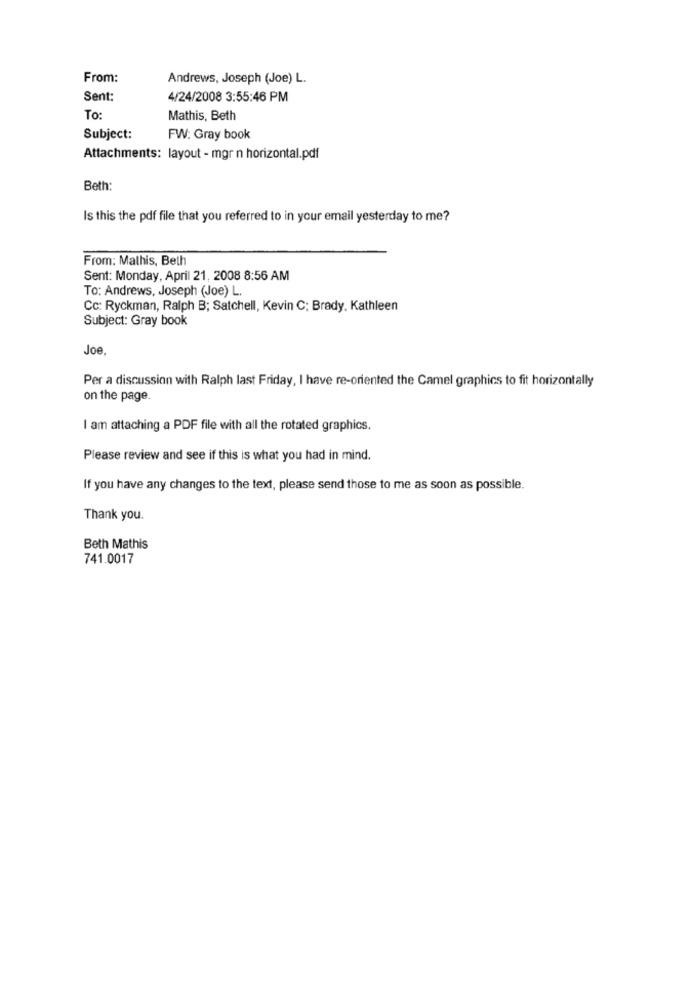
From:
Andrews, Joseph (Joe) L.
Sent:
4/24/2008 3:55:46 PM
To:
Mathis, Beth
Subject:
FW: Gray book
Attachments: layout - mgr n horizontal.pdf
Beth:
Is this the pdf file that you referred to in your email yesterday to me?
From: Malhis, Beth
Sent: Monday, April 21, 2008 8:56 AM
To: Andrews, Joseph (Joe) L.
Cc: Ryckman, Ralph B; Satchell, Kevin C; Brady, Kathleen
Subject: Gray book
Joe.
Per a discussion with Ralph last Friday, I have re-oriented the Camel graphics to fit horizontally
on the page.
I am attaching a PDF file with all the rotated graphics.
Please review and see if this is what you had in mind.
If you have any changes to the text, please send those to me as soon as possible.
Thank you.
Beth Mathis
741.0017